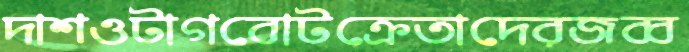
দাশওটাগবোটক্রেতাদেরজব্ব